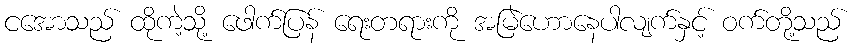
ငအောသည် ထိုကဲ့သို့ ဖေါက်ပြန် ရေးတရားကို အမြဲဟောနေပါလျက်နှင့် ဝက်တို့သည်